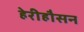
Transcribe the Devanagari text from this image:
हेरीहौसन